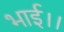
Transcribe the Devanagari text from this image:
भाई।।